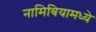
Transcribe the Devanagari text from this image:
नामिबियामध्ये